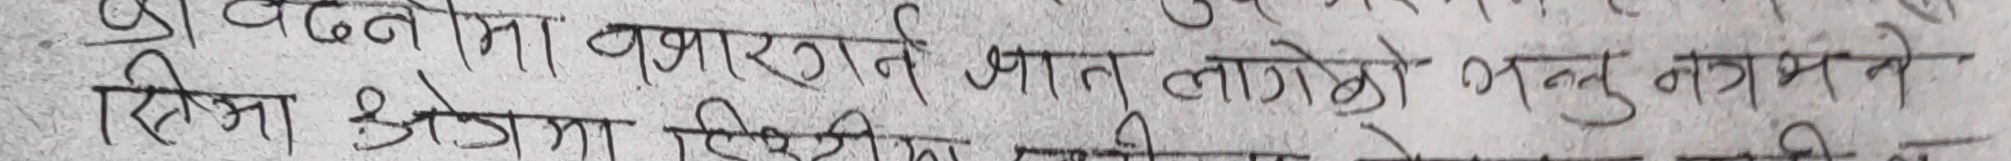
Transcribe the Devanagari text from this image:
बढ्‌नमा वातावरण भात लागेको भन्नु मात्र मन ने
हिम्मा ओजेमा